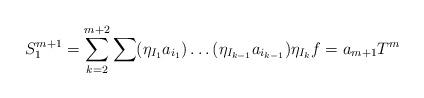
LaTeX: \begin{align*}S_{1}^{m+1} = \sum\limits_{k=2}^{m+2} \sum (\eta_{I_1}a_{i_1})\ldots (\eta_{I_{k-1}}a_{i_{k-1}})\eta_{I_k}f = a_{m+1} T^{m}\end{align*}